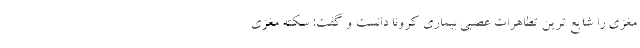
مغزی را شایع ترین تظاهرات عصبی بیماری کرونا دانست و گفت: سکته مغزی